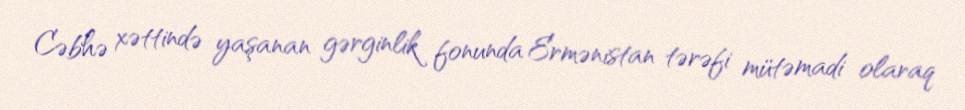
Cəbhə xəttində yaşanan gərginlik fonunda Ermənistan tərəfi mütəmadi olaraq